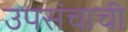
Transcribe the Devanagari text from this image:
उपसंचाची